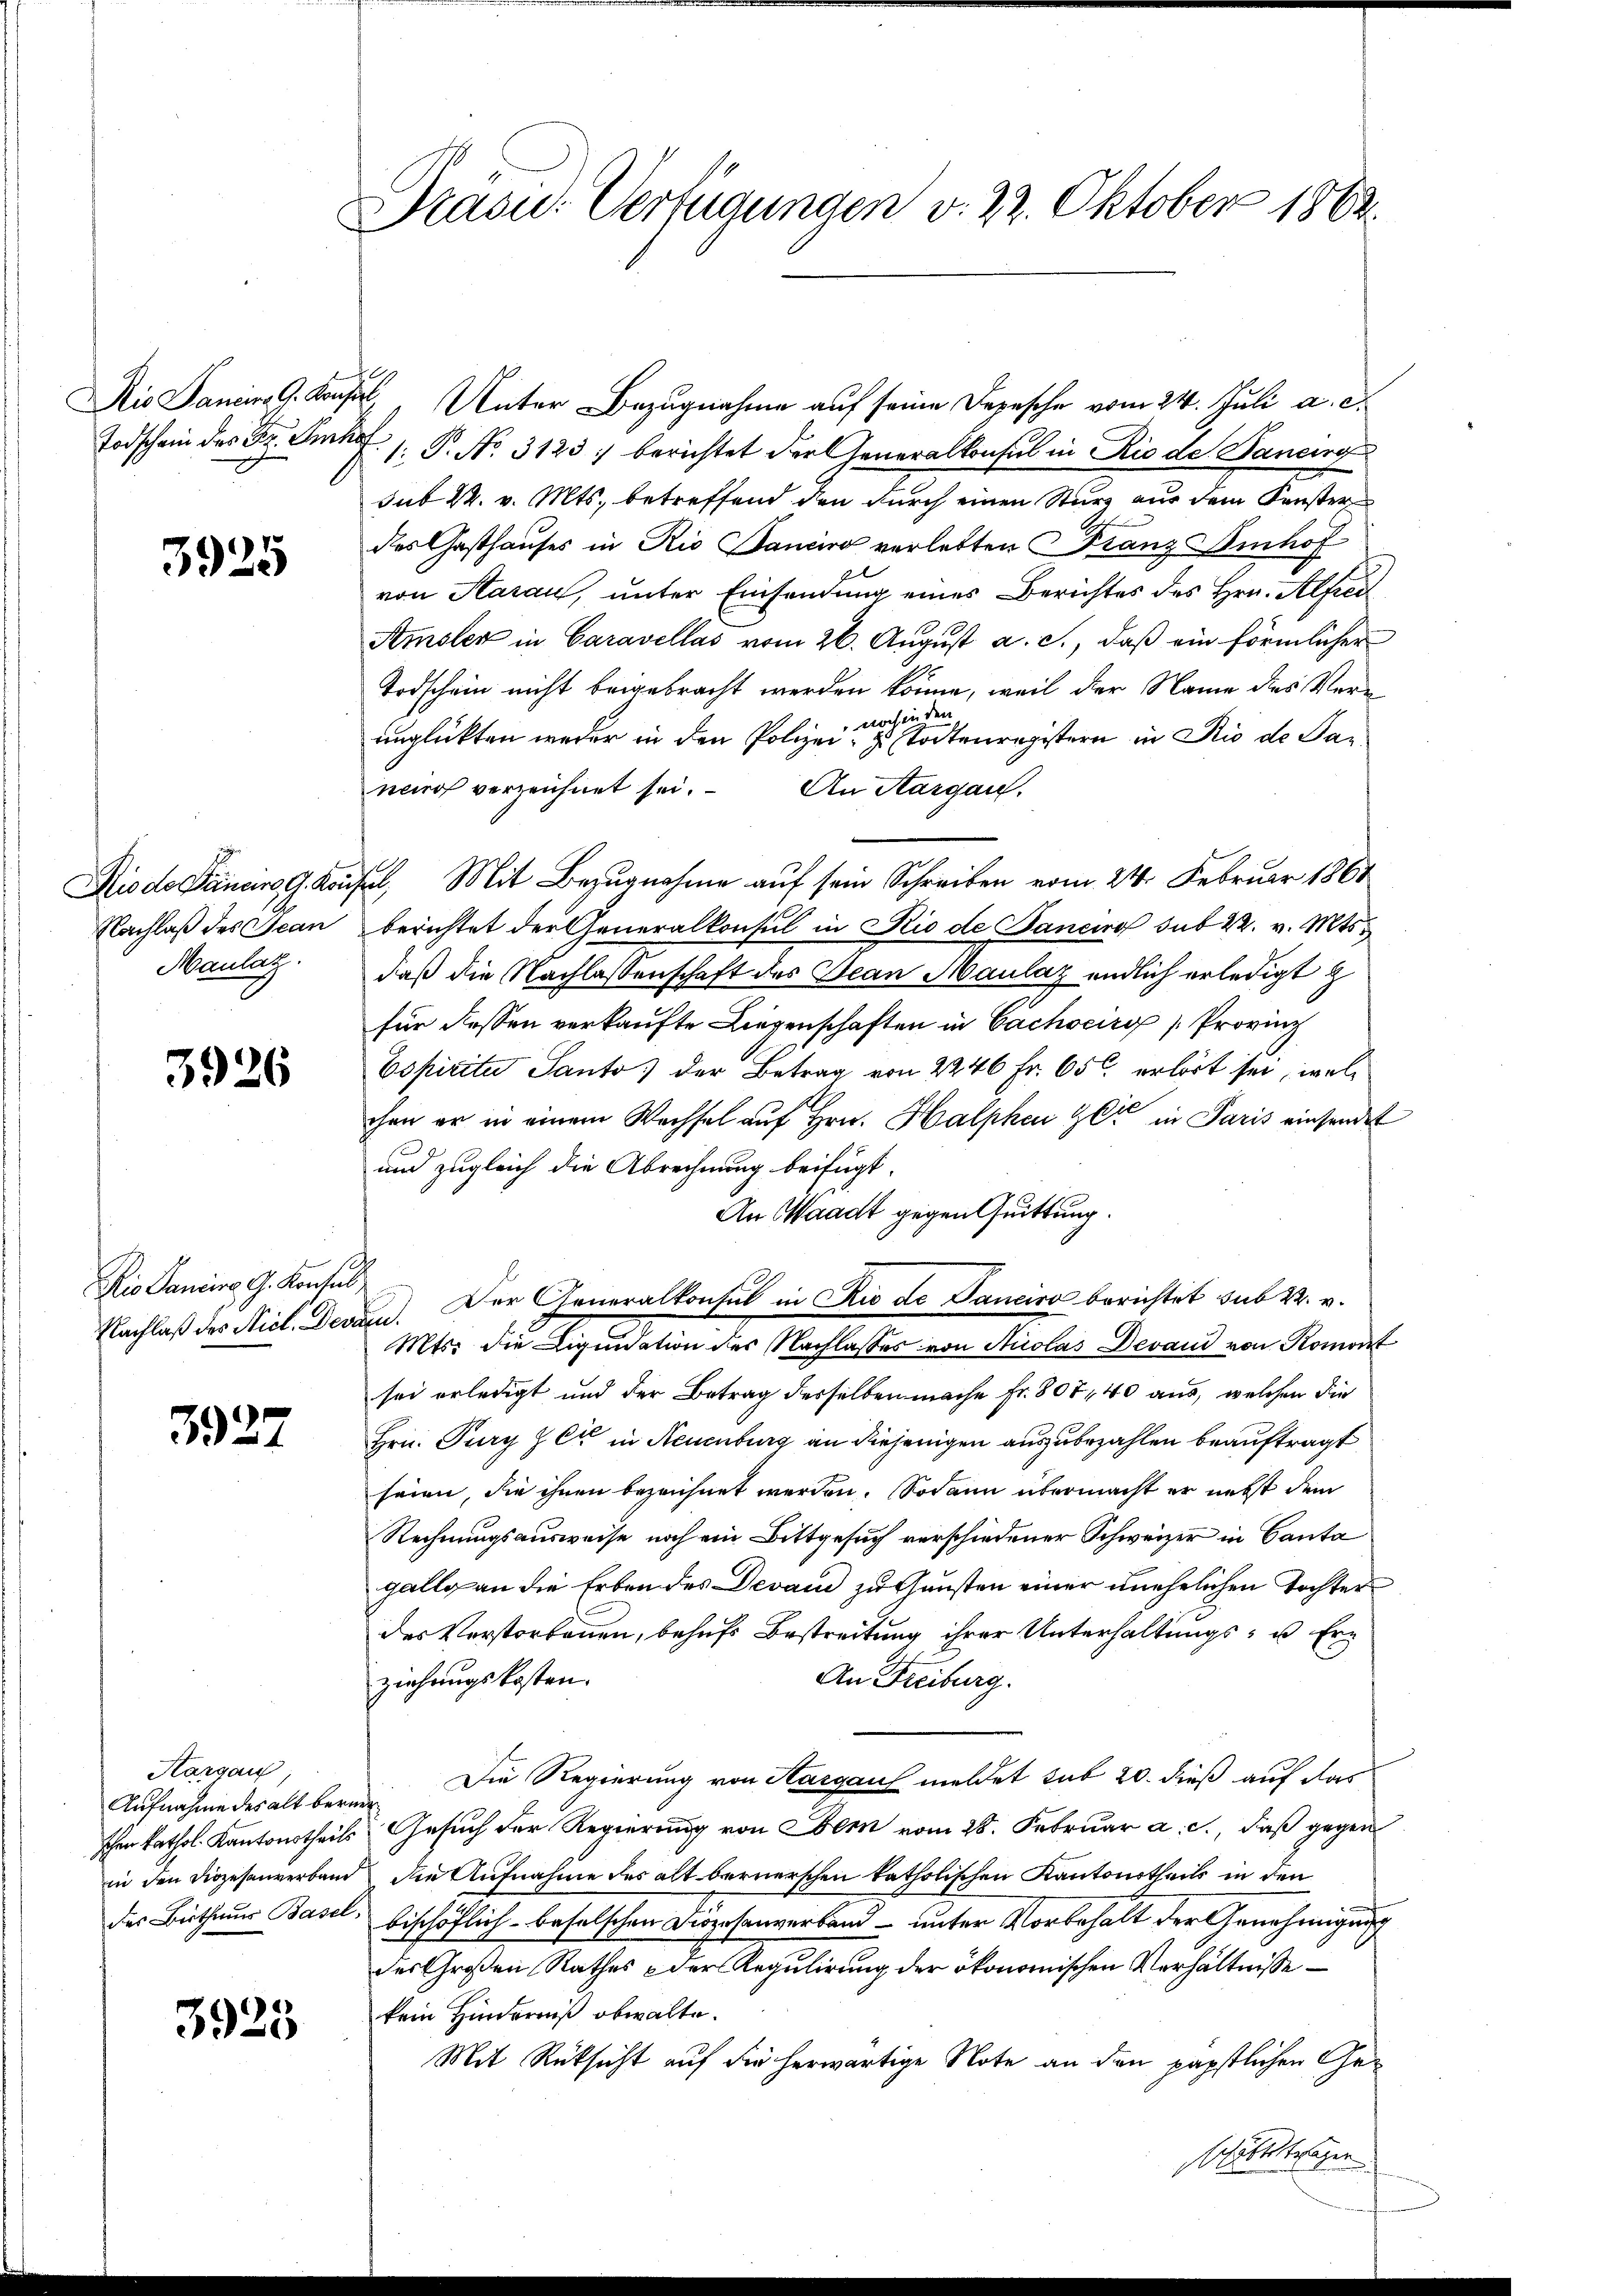
Todschein des Dr. Schaf

3925

Maulaz.

3926

Rio Sanire G. Konsul

3927

Hargau,
Aufnahme des alt berner

3925

Drasu. Verfügungen v. 22. Oktober 1882.

Nio Sani G. Konsul, Unter Bezugnahme auf seine Depesche vom 24. Juli a. c.
/. P. No. 3125 : berichtet der Generalkonsul in Rio de Daneing
sub 22. v. Mts. betreffend den durch einen Sturz aus dem Fenster
des Gasthauses in Rio Janeiro verlebten Franz Imhof
von Starau, unter Einsendung eines Berichtes des Hrn. Alfreil
Amsler in Caravellas vom 26. August a. c., daß ein förmlicher
Todschein nicht beigebracht werden könne, weil der Name des Vernoch in den
unglückten weder in den Polizei zu Todtenregistern in Rio de Saneurs verzeichnet sei. An Aargau.
Riode Pancire G. Krusel, Mit Bezugnahme auf sein Schreiben vom 24. Februar 1864
Nachlaß des Jean berichtet der Generalkonsul in Rio de Banciro sub 22. v. Mts.
daß die Nachlassenschaft des Jean Maulaz endlich erledigt z
für dessen verkaufte Liegenschaften in Bachocir (Provinz
Espicita Santo der Betrag von 2246 Fr. 650 erhört sei, welchen er in einem Wechsel auf Hrn. Halphen er in Paris einsendet
und zugleich die Abrechnung beifügt:
An Waadt gegen Quittung.
Nachlaß des Nicl. Deren. Der Generalkonsul in Rio de Pancira berichtet sub 22. v.
Mts. die Liquidation des Nachlasses von Nicolas Devand von Romont
sei erledigt und der Betrag desselben mache Fr. 807, 40 aus, welchen die
Hrn. Pury z C in Neuenburg an diejenigen auszubezahlen beauftragt
seien, die ihnen bezeichnet werden. Sodann übermacht er nebst dem
Rechnungsausweise noch ein Bittgesuch verschiedener Schweizer in Canta
gallo an die Erben des Devan zu Gunsten einer unehelichen Tochter
des Verstorbennen, behufs Bestreitung ihrer Unterhaltungs- u Er¬
An Freiburg.
ziehungskosten.
Die Regierung von Aargau meldet sub 20. dieß auf das
schen kathol. Kantonstheils Gesuch der Regierung von Bern vom 28. Februar a. c., daß gegen
in den Diözesenverband die Aufnahme des alt bernerschen katholischen Kantonstheils in den
.
des Bisthaus Basel, bischöflich befalschen Diözesenverband – unter Vorbehalt der Genehmigung
des Großen Rathes & der Regulirung der ökonomischen Verhältnisse
kein Hinderniß obwalte.
Mit Rücksicht auf die herwärtige Note an den päpstlichen Geblättrigen